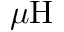
\mu \mathrm { H }